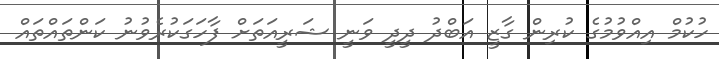
ހުކުމް އިއްވުމުގެ ކުރިން ގާޒީ އަބްދު ދީދީ ވަނީ ޝަރީއަތަށް ފާހަގަކުރެވުނު ކަންތައްތައް